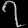
Digit: ၇